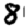
Digit: 8